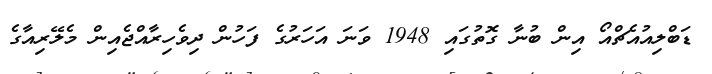
ޑަބްލިއުއެޗްއޯ އިން ބުނާ ގޮތުގައި 1948 ވަނަ އަހަރުގެ ފަހުން ދިވެހިރާއްޖެއިން މެލޭރިއާގެ